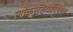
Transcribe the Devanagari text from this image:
लोकसंख्याविषयक